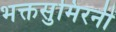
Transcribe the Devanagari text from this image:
भक्तसुमिरनी